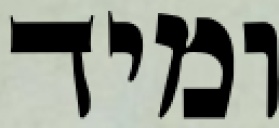
ומיד